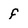
Character: f